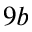
9 b